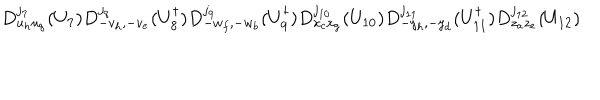
LaTeX: D _ { u _ { h } u _ { g } } ^ { j _ { 7 } } ( U _ { 7 } ) D _ { - v _ { h } , - v _ { e } } ^ { j _ { 8 } } ( U _ { 8 } ^ { \dagger } ) D _ { - w _ { f } , - w _ { b } } ^ { j _ { 9 } } ( U _ { 9 } ^ { \dagger } ) D _ { x _ { c } x _ { g } } ^ { j _ { 1 0 } } ( U _ { 1 0 } ) D _ { - y _ { h } , - y _ { d } } ^ { j _ { 1 1 } } ( U _ { 1 1 } ^ { \dagger } ) D _ { z _ { a } z _ { e } } ^ { j _ { 1 2 } } ( U _ { 1 2 } )